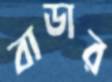
বাডার